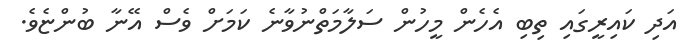
އަދި ކައިރީގައި ތިބި އެހެން މީހުން ސަލާމަތްނުވާނެ ކަމަށް ވެސް އޭނާ ބުންޏެވެ.